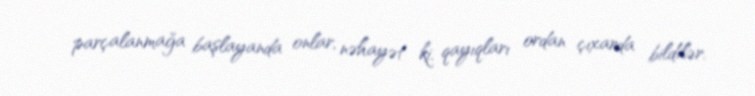
parçalanmağa başlayanda onlar, nəhayət ki, qayıqları ordan çıxarda bildilər.